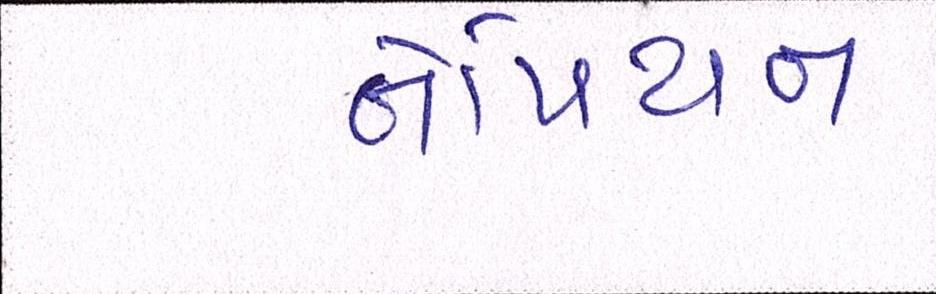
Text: નેપિયન